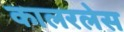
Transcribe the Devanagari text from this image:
कालरलेस